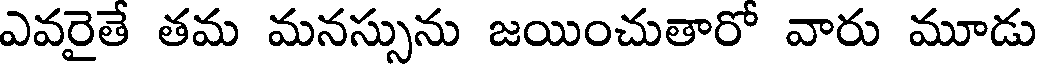
ఎవరైతే తమ మనస్సును జయించుతారో వారు మూడు